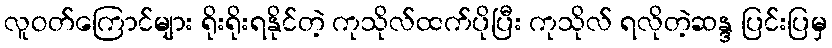
လူဝတ်ကြောင်များ ရိုးရိုးရနိုင်တဲ့ ကုသိုလ်ထက်ပိုပြီး ကုသိုလ် ရလိုတဲ့ဆန္ဒ ပြင်းပြမှ